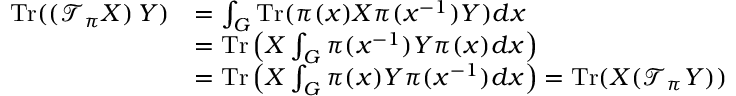
\begin{array} { r l } { \mathrm { T r } ( ( \mathcal { T } _ { \pi } X ) \, Y ) } & { = \int _ { G } \mathrm { T r } ( \pi ( x ) X \pi ( x ^ { - 1 } ) Y ) d x } \\ & { = \mathrm { T r } \left( X \int _ { G } \pi ( x ^ { - 1 } ) Y \pi ( x ) d x \right) } \\ & { = \mathrm { T r } \left( X \int _ { G } \pi ( x ) Y \pi ( x ^ { - 1 } ) d x \right) = \mathrm { T r } ( X ( \mathcal { T } _ { \pi } Y ) ) } \end{array}